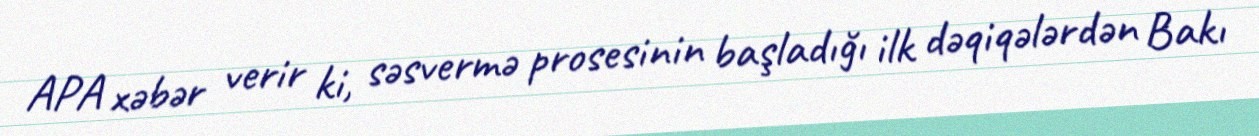
APA xəbər verir ki, səsvermə prosesinin başladığı ilk dəqiqələrdən Bakı